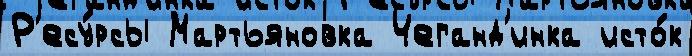
Р'есу́рсы Мартьяновка Чеганд'инка исто́к